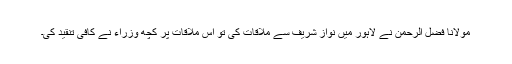
مولانا فضل الرحمٰن نے لاہور میں نواز شریف سے ملاقات کی تو اس ملاقات پر کچھ وزراء نے کافی تنقید کی۔